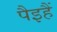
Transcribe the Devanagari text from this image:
पैइहैं